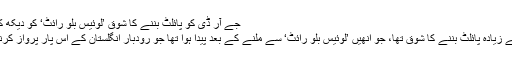
Image caption جے آر ڈی کو پائلٹ بننے کا شوق ’لوئیس بلو رائٹ‘ کو دیکھ کر ہوا
انھیں صنعت کار بننے سے زیادہ پائلٹ بننے کا شوق تھا، جو انھیں ’لوئیس بلو رائٹ‘ سے ملنے کے بعد پیدا ہوا تھا جو رودبارِ انگلستان کے اس پار پرواز کرنے والے پہلے پائلٹ تھے۔